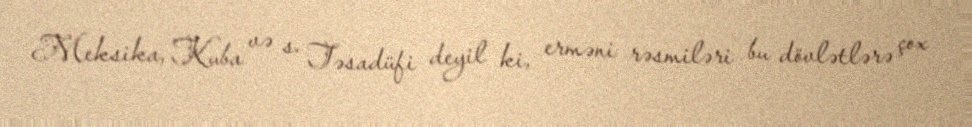
Meksika, Kuba və s. Təsadüfi deyil ki, erməni rəsmiləri bu dövlətlərə çox